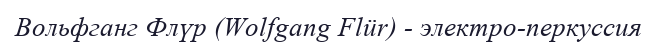
Вольфганг Флүр (Wolfgang Flür) - электро-перкуссия